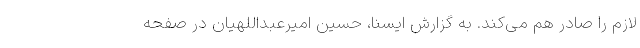
لازم را صادر هم می‌کند. به گزارش ایسنا، حسین امیرعبداللهیان در صفحه